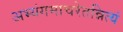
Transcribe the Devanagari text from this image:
अभ्यंगमाचरेतन्नित्यं